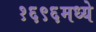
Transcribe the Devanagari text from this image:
१६९६मध्ये